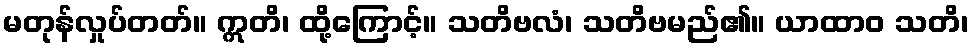
မတုန်လှုပ်တတ်။ ဣတိ၊ ထို့ကြောင့်။ သတိဗလံ၊ သတိဗမည်၏။ ယာထာဝ သတိ၊